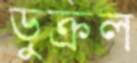
ডুক্‌রল